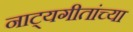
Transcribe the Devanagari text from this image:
नाट्यगीतांच्या